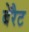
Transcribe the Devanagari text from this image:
बेरैट